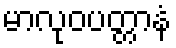
မာလုဝပတ္တာနံ